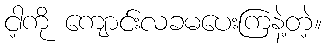
ငါ့ကို ကျောင်းလခမပေးကြနဲ့တဲ့။